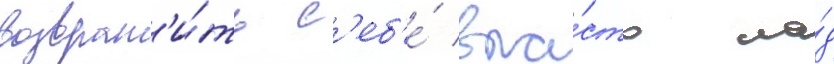
возврат'и́ть с'еб'е́ вла́сть на́д